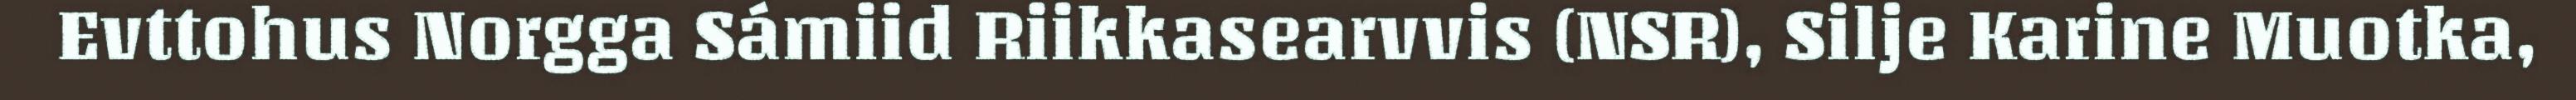
Evttohus Norgga Sámiid Riikkasearvvis (NSR), Silje Karine Muotka,